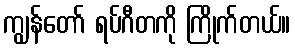
ကျွန်တော် ရပ်ဂီတကို ကြိုက်တယ်။